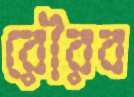
রৌরব